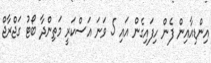
އިންޑިއާއިން ފެން ހިފައިގެން އައި 5 ވަނަ އަސްކަރީ މަތިންދާ ބޯޓު ގަޖްރާޖް